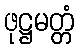
ဖုဋ္ဌမတ္တံ